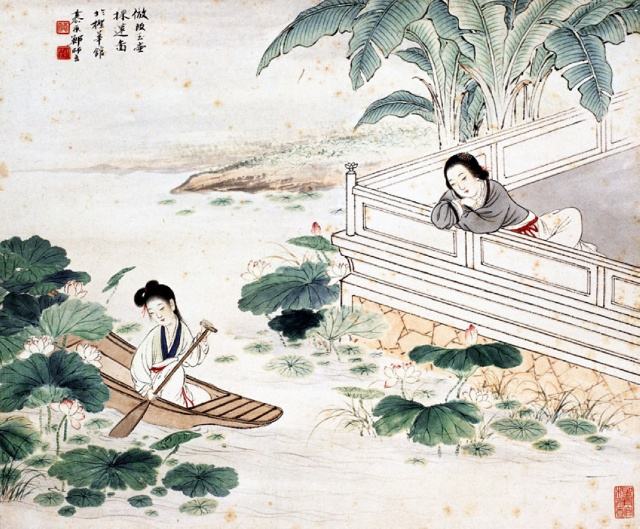
依旧，依旧，人与绿杨俱瘦。